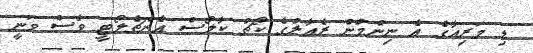
ޑި މަރިއާގެ އެ ނިންމުން ރެއާލްގެ ކޯޗު ކާލޯސް އެންޗެލޯޓީ ވެސް ވަނީ